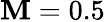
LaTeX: \mathbf{M}=0.5